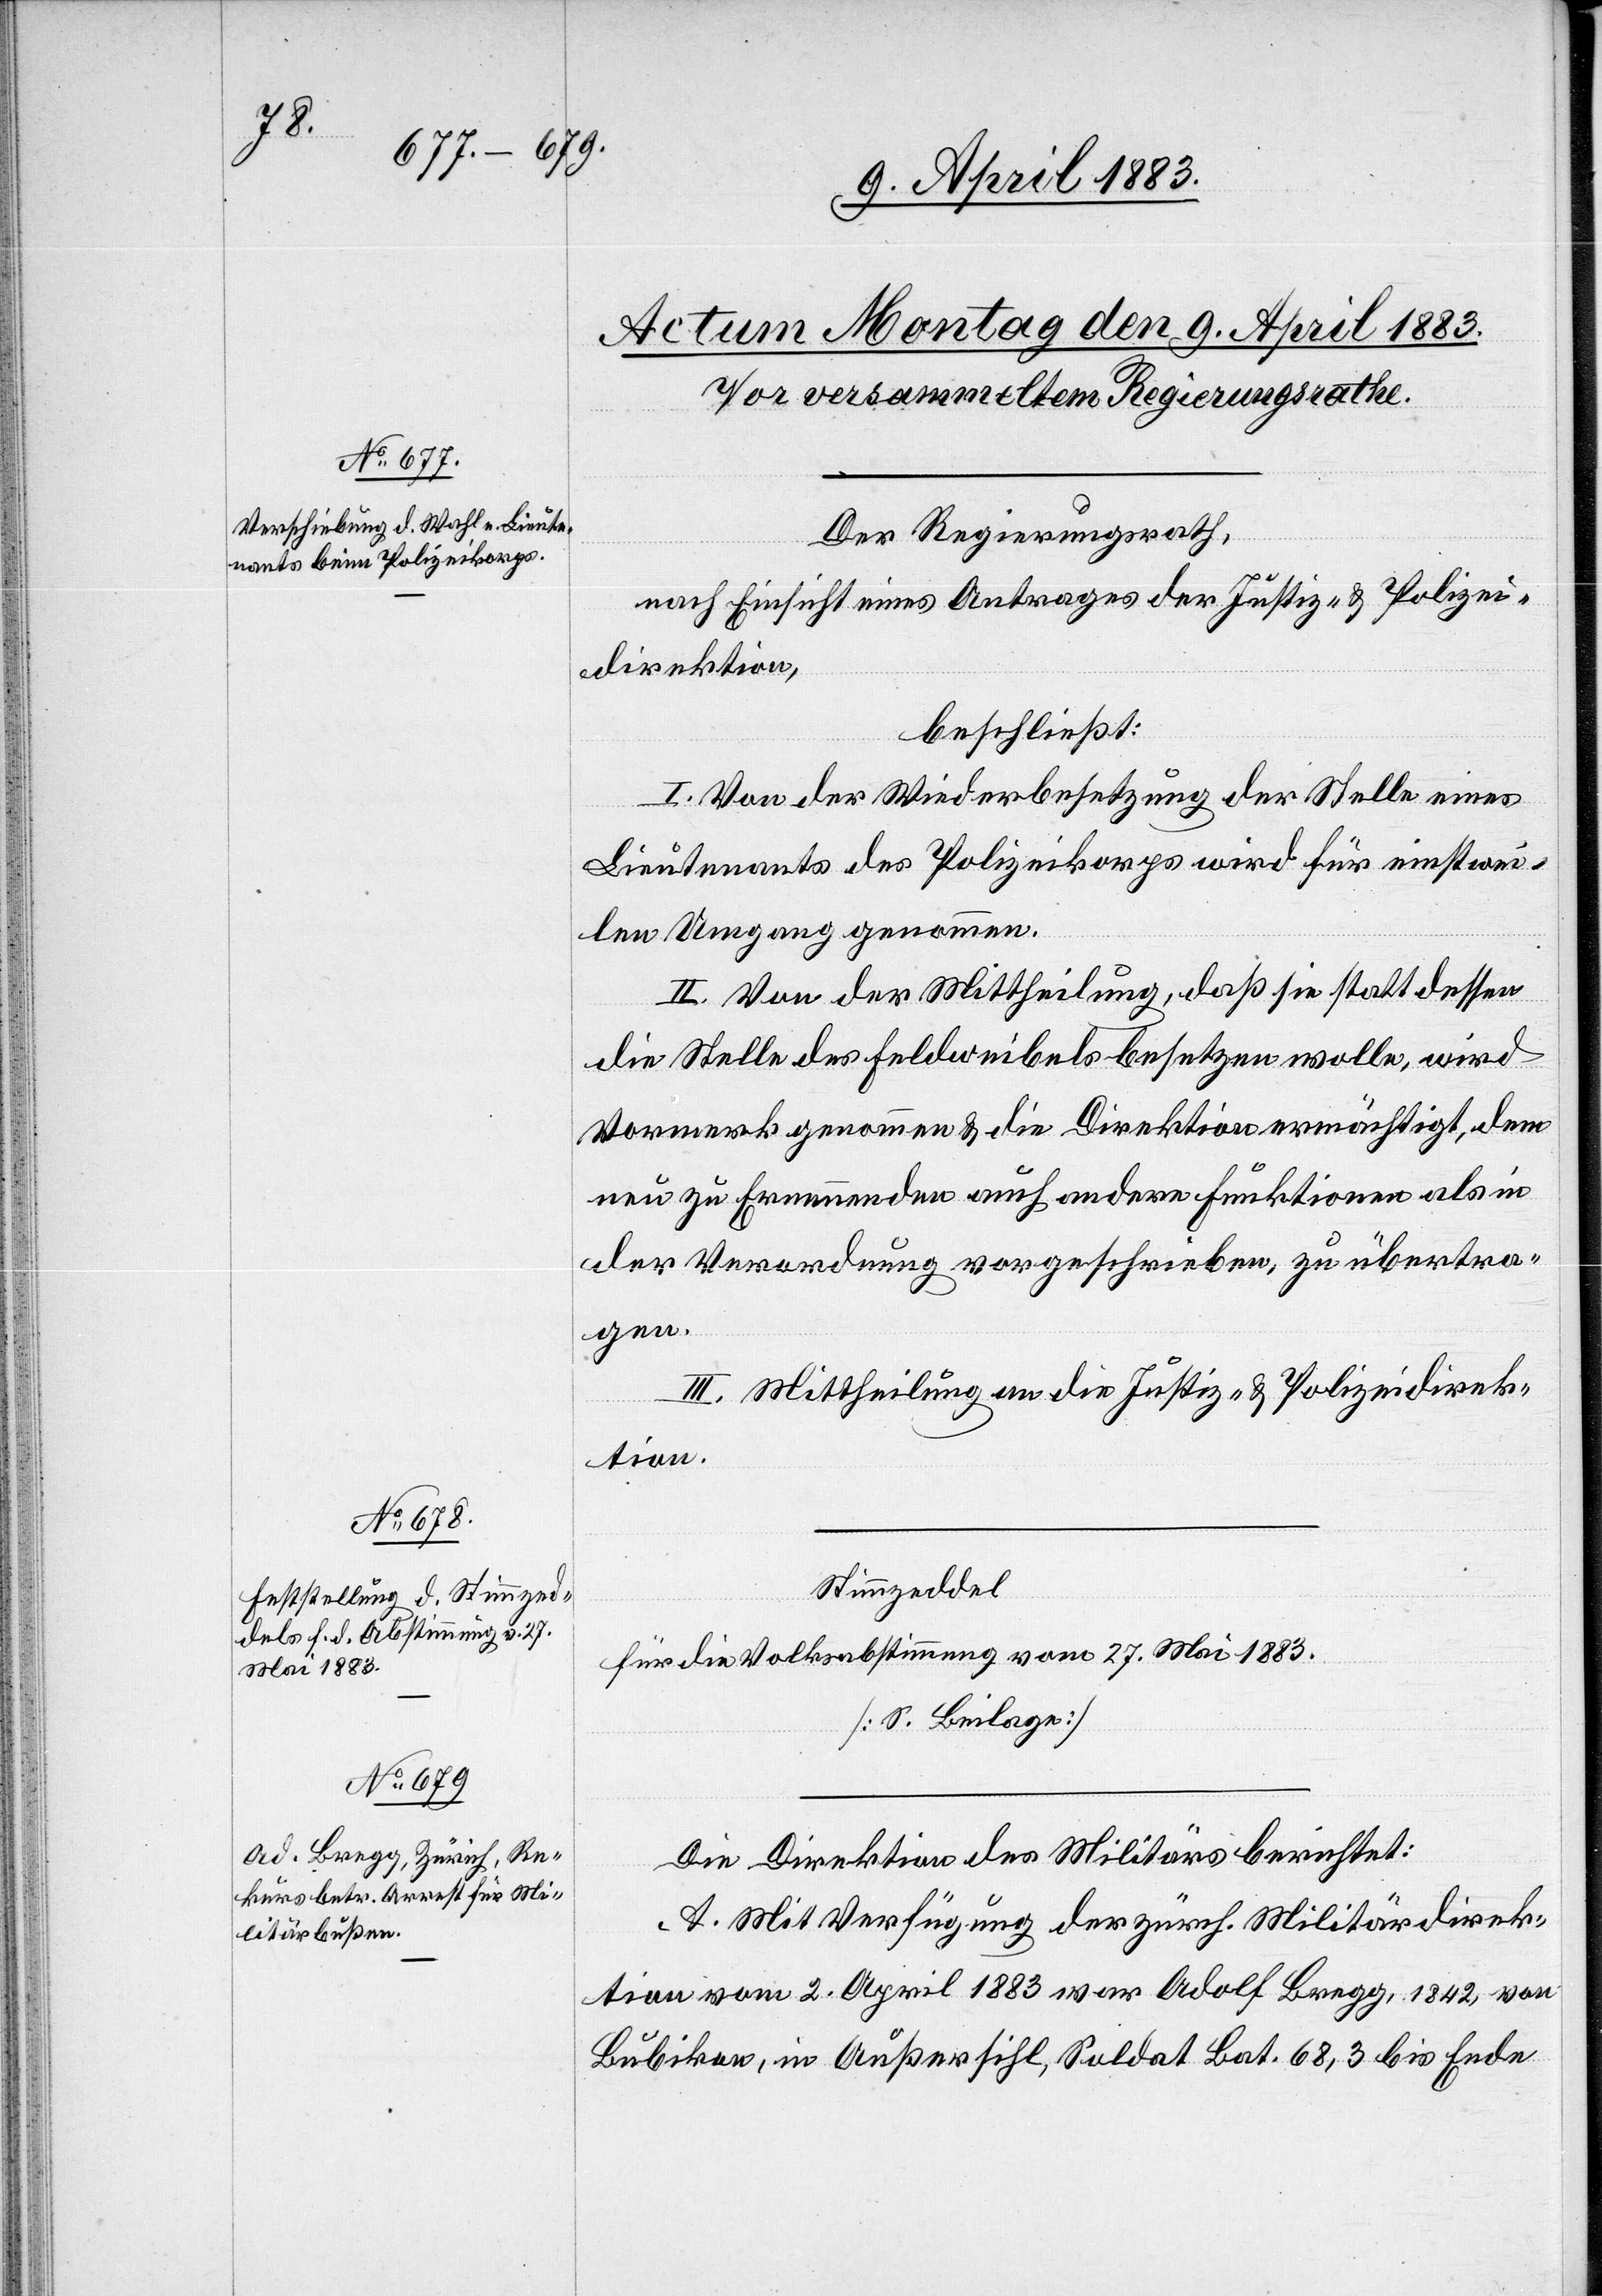
Der Regierungsrath,
nach Einsicht eines Antrages der Justiz- & Polizei¬
direktion,
beschließt:
I. Von der Wiederbesetzung der Stelle eines
Lieutenants des Polizeikorps wird für einstwei¬
len Umgang genommen.
II. Von der Mittheilung, daß sie statt dessen
die Stelle des Feldweibels besetzen wolle, wird
Vormerk genommen & die Direktion ermächtigt, dem
neu zu Ernennenden auch andere Funktionen als in
der Verordnung vorgeschrieben, zu übertra¬
gen.
III. Mittheilung an die Justiz- & Polizeidirek¬
tion.
Stimmzeddel
für die Volksabstimmung vom 27. Mai 1883.
[S. Beilage]
Die Direktion des Militärs berichtet:
A. Mit Verfügung der zürch. Militärdirek¬
tion vom 2. April 1883 war Adolf Bregg, 1842, von
Bubikon, in Außersihl, Soldat Bat. 68,3 bis Ende